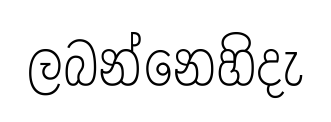
ලබන්නෙහිදැ